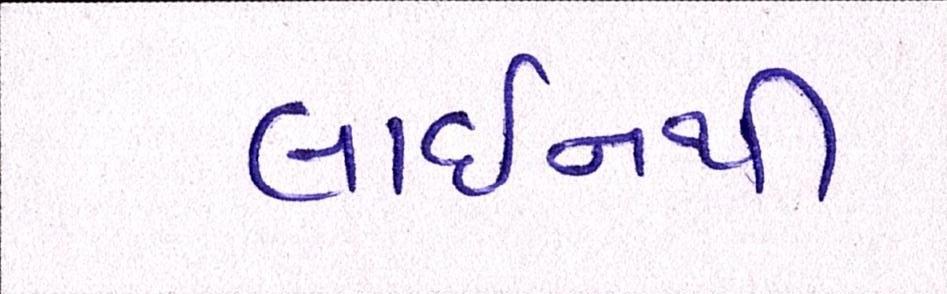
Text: લાઈનથી